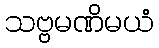
သဗ္ဗမဏိမယံ